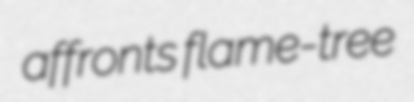
affronts flame-tree